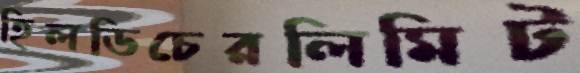
হিলডিচেরলিমিট